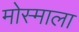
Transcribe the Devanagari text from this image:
मोस्माला